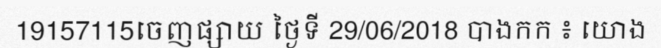
19157115ចេញផ្សាយ ថ្ងៃទី 29/06/2018 បាងកក ៖ យោង